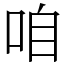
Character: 咱